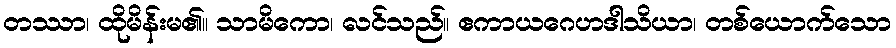
တဿာ၊ ထိုမိန်းမ၏။ သာမိကော၊ လင်သည်။ ဧကာယဂေဟဒါသိယာ၊ တစ်ယောက်သော